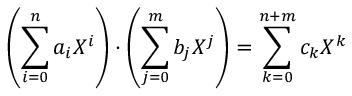
\left( \sum _ { i = 0 } ^ { n } a _ { i } X ^ { i } \right) \cdot \left( \sum _ { j = 0 } ^ { m } b _ { j } X ^ { j } \right) = \sum _ { k = 0 } ^ { n + m } c _ { k } X ^ { k }